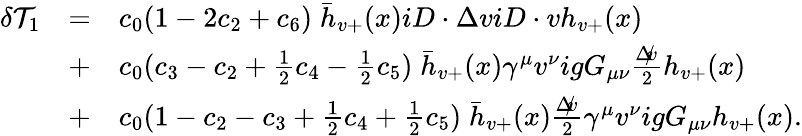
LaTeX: \begin{array}{lcl}{{\delta{\cal T}_{1}}}&{{=}}&{{c_{0}(1-2c_{2}+c_{6})\; \bar{h}_{v+}(x)iD\cdot\Delta viD\cdot vh_{v+}(x)}}\\ {{}}&{{+}}&{{c_{0}(c_{3}-c_{2}+{\frac{1}{2}}c_{4}-{\frac{1}{2}}c_{5})\; \bar{h}_{v+}(x)\gamma^{\mu}v^{\nu}igG_{\mu\nu}{\frac{\; \rlap/{\! \! {\Delta}\! v}}{2}}h_{v+}(x)}}\\ {{}}&{{+}}&{{c_{0}(1-c_{2}-c_{3}+{\frac{1}{2}}c_{4}+{\frac{1}{2}}c_{5})\; \bar{h}_{v+}(x){\frac{\; \rlap/{\! \! {\Delta}\! v}}{2}}\gamma^{\mu}v^{\nu}igG_{\mu\nu}h_{v+}(x).}}\end{array}